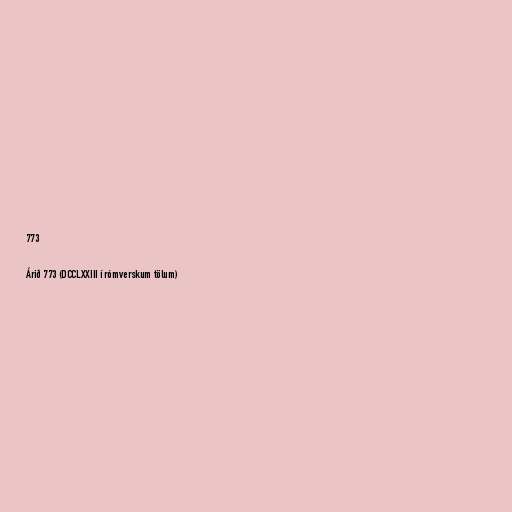
773

Árið 773 (DCCLXXIII í rómverskum tölum)